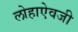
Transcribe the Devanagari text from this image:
लोहाऐवजी